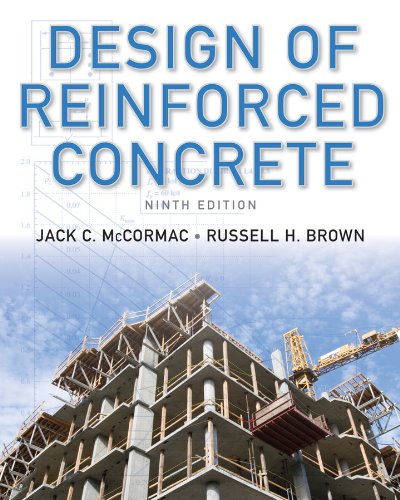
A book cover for Design of Reinforced Concrete; Jack C. McCormac; Engineering & Transportation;